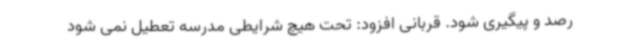
رصد و پیگیری شود. قربانی افزود: تحت هیچ شرایطی مدرسه تعطیل نمی شود